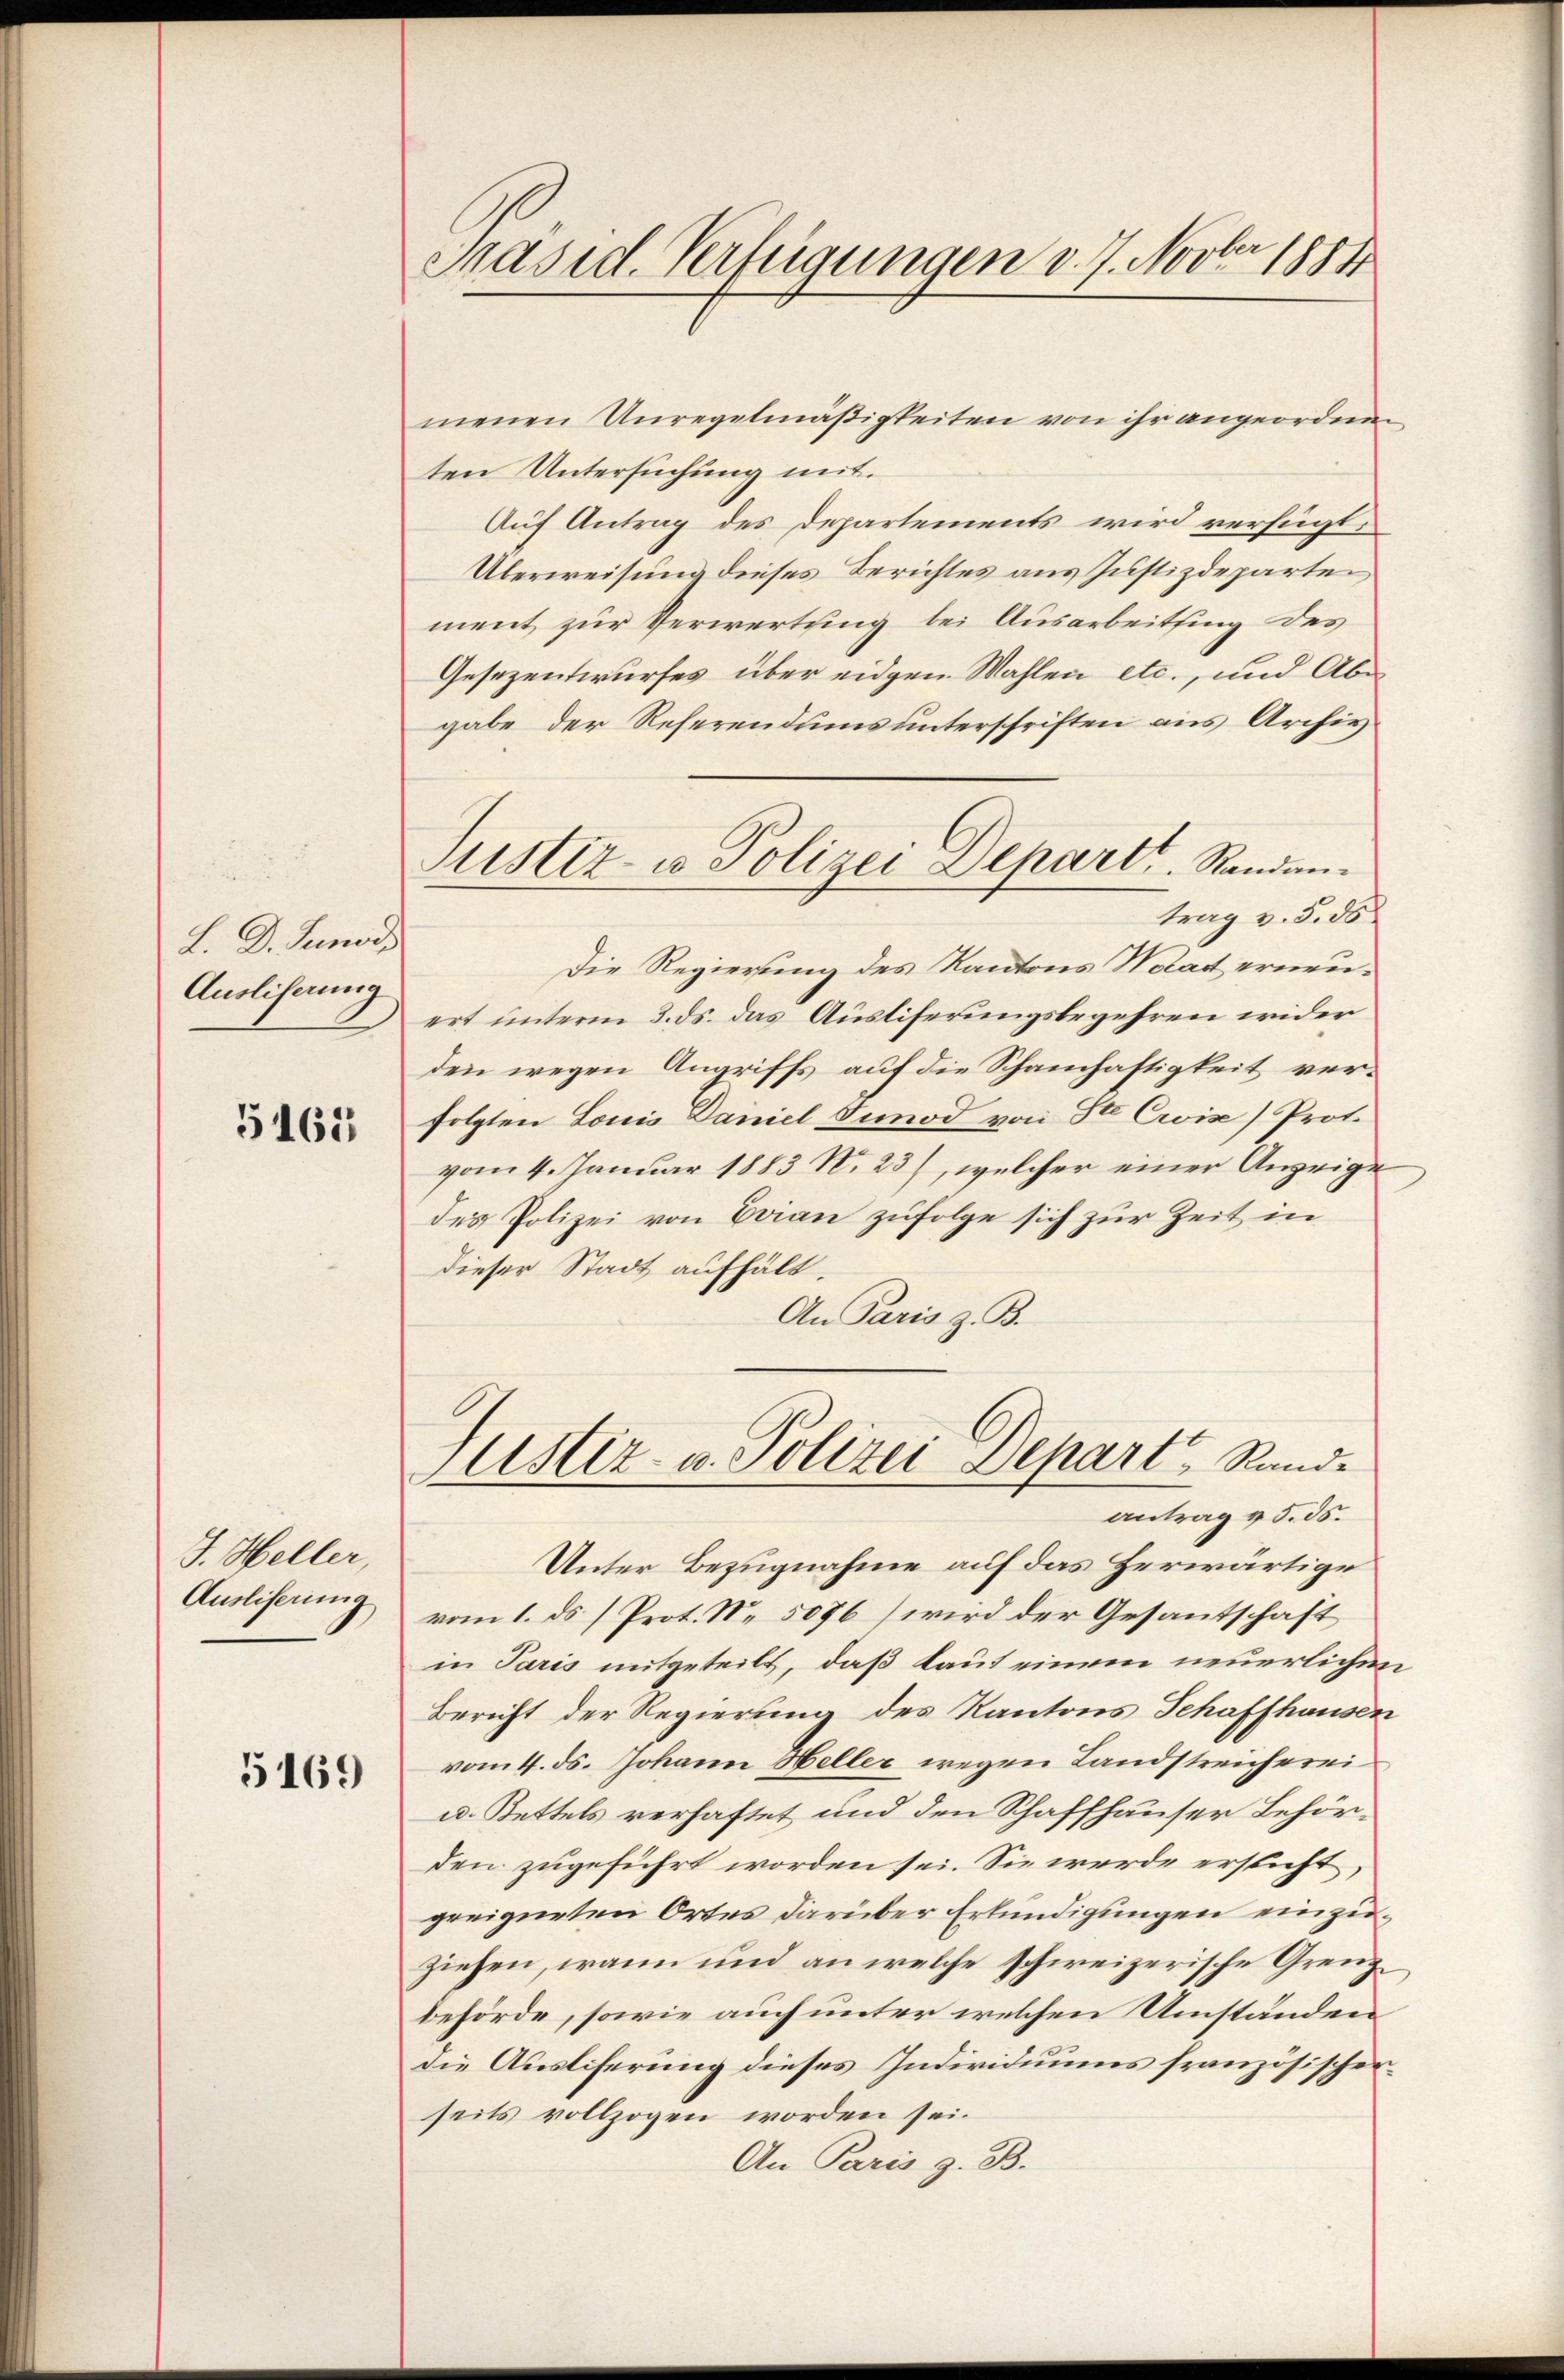
L. D. Junor
Ausliserung

5463

J. Heller,
Ausliserung

5169

Präsid. Verfügungen v. J. Novber 1884

menen Unregelmäßigkeiten von ihr angeordnen
ten Untersuchung mit.
Auf Antrag des Departements wird verfügt:
Überweisung dieses Berichtes aus Justizdeparten,
ment zur Verwertung bei Ausarbeitsing des
Gesezentwurfes über eidgen Wahlen etc., und Abe
gabe der Referendums unterschriften aus Archiv
Die Regierung des Kantons Waadt erneuert unterm 3. ds. das Austiferungsbegehren wider
den wegen Angriffs auf die Schamhaftigkeit verfolgten Louis Daniel Tunod von Ste Cris) Prot.
vom 4. Januar 1883 No 23), welcher einer Anzeige
des Polizei von Evian zufolge sich zur Zeit in
dieser Stadt aufhält.
An Paris z. B.

Justiz- u Polizei Depart. Randantrag v. 5. ds

Justiz- u. Polizei Depart Rundantrag v. 5. ds.

Unter Bezugnahme auf das herwärtige
vom 1. ds. / Prot. N. 5076) wird der Gesantschaft
in Paris mitgeteilt, daß laut einem neuerlichen
Bericht der Regierung des Kantons Schaffhausen
vom 11. ds. Johann Heller wegen Landstreicherei¬
u. Bettels verhaftet und den Schaffhauser Behörden zugeführt worden sei. Sie werde ersticht,
greigneten Ortes darüber Erkundigungen einzuziehen, wann und an welche schweizerische Grenzbehörde, sowie auch unter welchen Umständen
die Ausliferung dieses Individuums französischenseits vollzogen worden sei.
An Paris z. B.